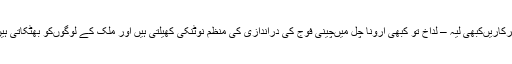
سرکاریںکبھی لیہ – لداخ تو کبھی ارونا چل میںچینی فوج کی دراندازی کی منظم نوٹنکی کھیلتی ہیں اور ملک کے لوگوںکو بھٹکاتی ہیں۔